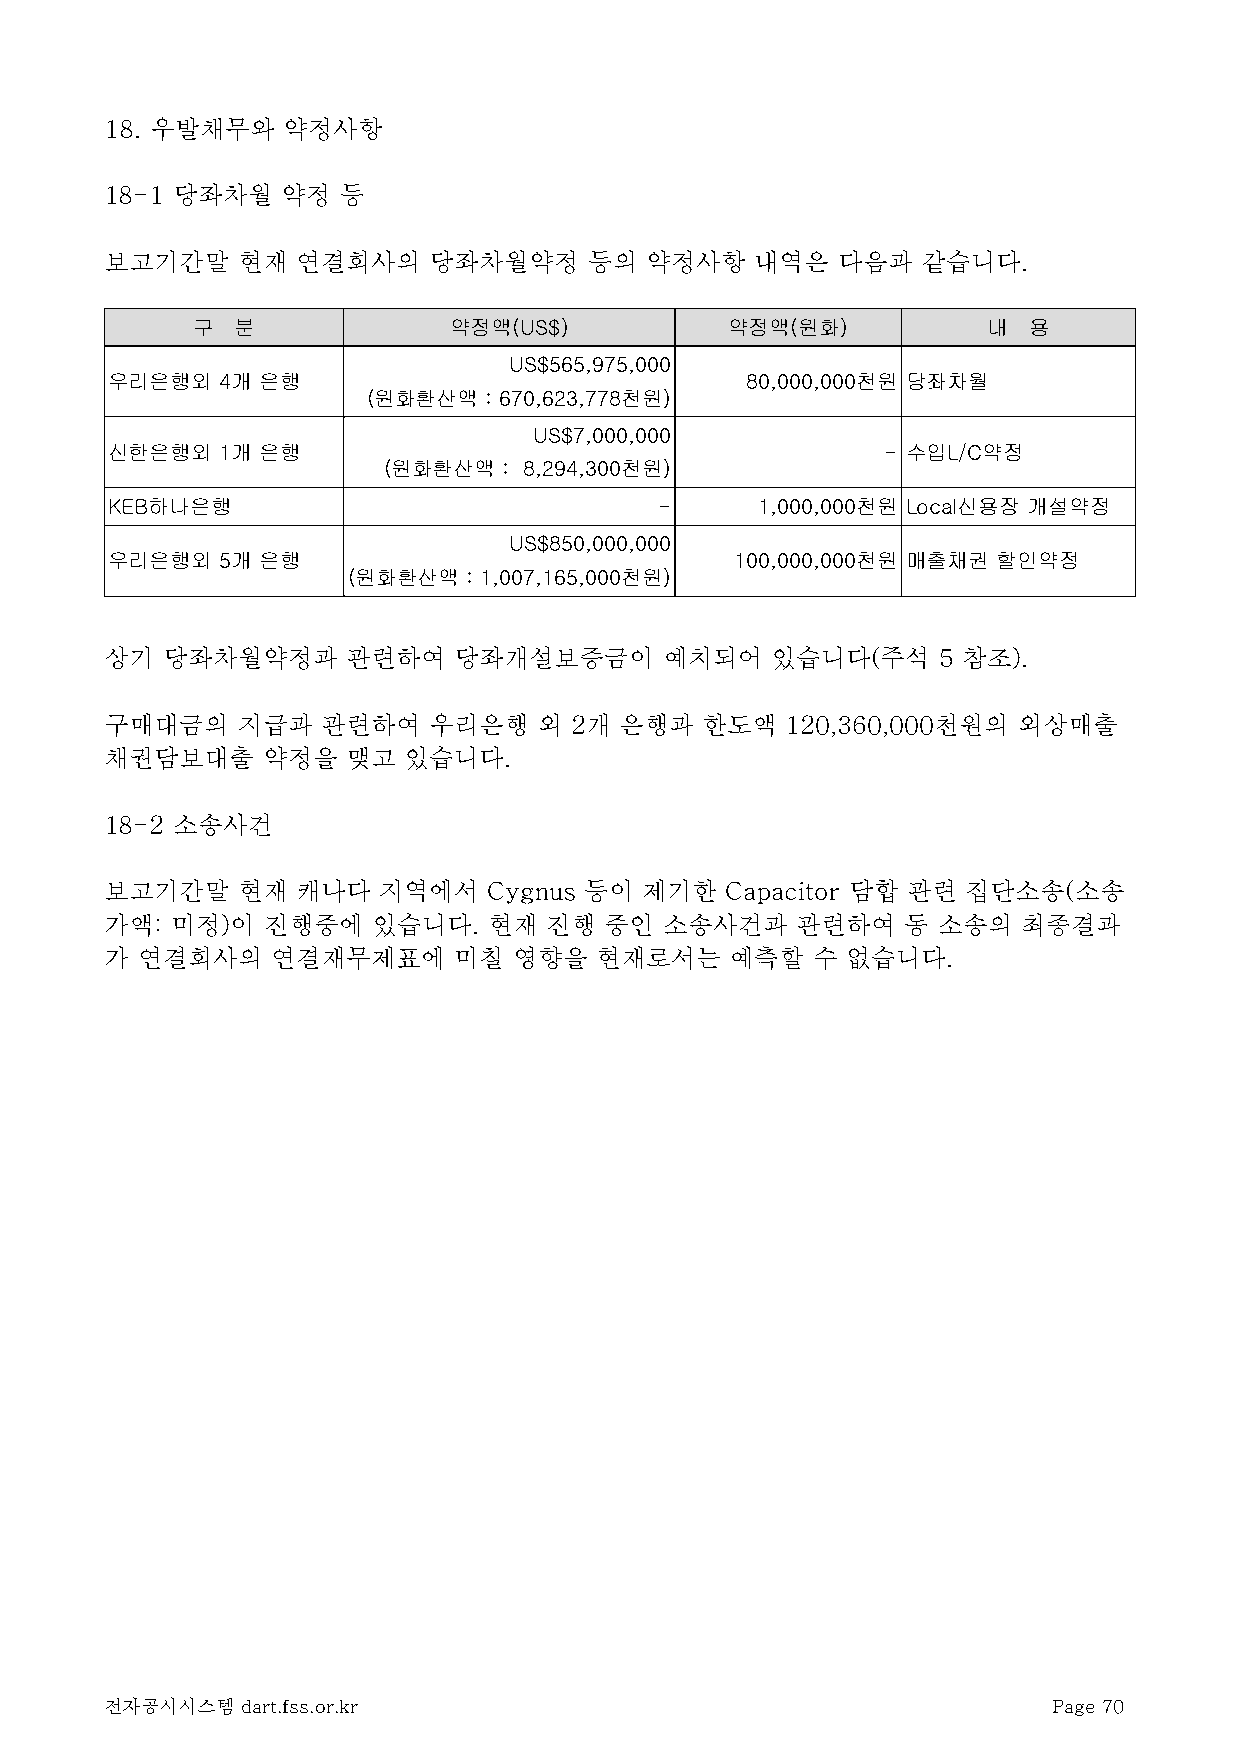
18. 우발채무와   약정사항
 18-1 당좌차월   약정 등
 보고기간말    현재  연결회사의   당좌차월약정     등의  약정사항   내역은  다음과   같습니다.
 구  분             약정액(US$)          약정액(원화)          내  용
 US$565,975,000
 우리은행외   4개 은행                             80,000,000천원 당좌차월
 (원화환산액  : 670,623,778천원)
 US$7,000,000
 신한은행외   1개 은행                                       - 수입L/C약정
 (원화환산액  : 8,294,300천원)
 KEB하나은행                              -     1,000,000천원 Local신용장 개설약정
 US$850,000,000
 우리은행외   5개 은행                             100,000,000천원 매출채권 할인약정
 (원화환산액  : 1,007,165,000천원)
 상기  당좌차월약정과     관련하여   당좌개설보증금이      예치되어   있습니다(주석    5 참조).
 구매대금의    지급과  관련하여   우리은행    외 2개 은행과  한도액   120,360,000천원의 외상매출
 채권담보대출    약정을   맺고  있습니다.
 18-2 소송사건
 보고기간말    현재  캐나다  지역에서   Cygnus 등이  제기한  Capacitor 담합 관련 집단소송(소송
 가액: 미정)이  진행중에    있습니다.  현재  진행  중인  소송사건과    관련하여   동 소송의   최종결과
 가 연결회사의    연결재무제표에     미칠  영향을  현재로서는    예측할   수 없습니다.
 전자공시시스템  dart.fss.or.kr                                        Page 70